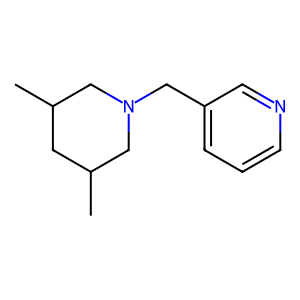
SMILES: CC1CC(C)CN(Cc2cccnc2)C1
Inhibits HIV replication: No